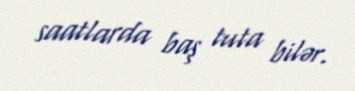
saatlarda baş tuta bilər.